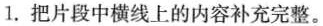
1. 把片段中横线上的内容补充完整。